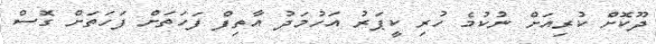
ދޫކޮށް ކުރިއަށް ނުކުމެ ހުރި ކީޕަރު އަހުމަދު އާތިފް ފަހަތަށް ފަހަތަށް ގޮސް